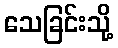
သေခြင်းသို့